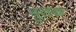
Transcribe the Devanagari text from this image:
मुतरु